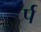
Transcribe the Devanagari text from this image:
र्प